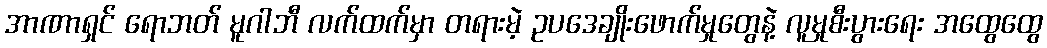
အာဏာရှင် ရောဘတ် မူဂါဘီ လက်ထက်မှာ တရားမဲ့ ဥပဒေချိုးဖောက်မှုတွေနဲ့ လူမှုစီးပွားရေး အထွေထွေ